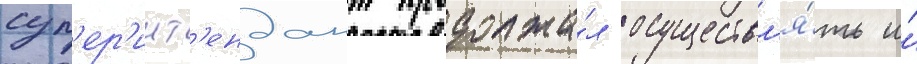
суп'ер'инт'ендант продолжа́л осуществл'я́ть и́